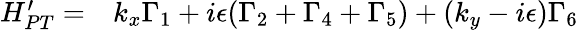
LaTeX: \begin{array}{rl}{H_{PT}^{\prime}=}&{{}k_{x}\Gamma_{1}+i\epsilon(\Gamma_{2}+\Gamma_{4}+\Gamma_{5})+(k_{y}-i\epsilon)\Gamma_{6}}\end{array}